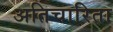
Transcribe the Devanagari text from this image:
अतिचारिता